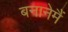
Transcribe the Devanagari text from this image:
बनानेमैं